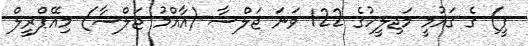
ޕީ) ގެ ގައުމީ މަޖިލީހުގެ 122 ވަނަ ޖަލްސާ (އާއްމު ޖަލްސާ) މިއޭޕްރީލް